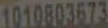
1010803673